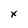
Character: x